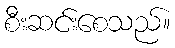
စီးဆင်းစေသည်။